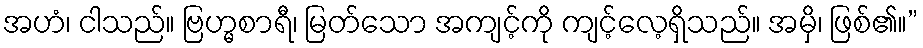
အဟံ၊ ငါသည်။ ဗြဟ္မစာရီ၊ မြတ်သော အကျင့်ကို ကျင့်လေ့ရှိသည်။ အမှိ၊ ဖြစ်၏။”